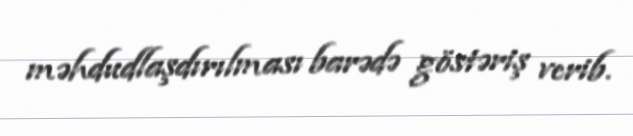
məhdudlaşdırılması barədə göstəriş verib.